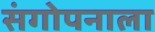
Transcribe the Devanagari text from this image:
संगोपनाला